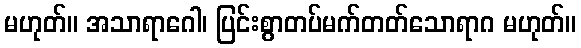
မဟုတ်။ အသာရာဂေါ၊ ပြင်းစွာတပ်မက်တတ်သောရာဂ မဟုတ်။